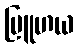
ဗြူဟယ